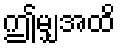
ဤမျှအထိ